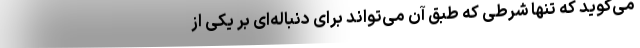
می‌گوید که تنها شرطی که طبق آن می‌تواند برای دنباله‌ای بر یکی از